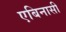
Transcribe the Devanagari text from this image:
एबिनासी